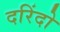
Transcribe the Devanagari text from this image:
दरिंदो